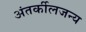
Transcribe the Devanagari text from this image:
अंतर्कीलजन्य